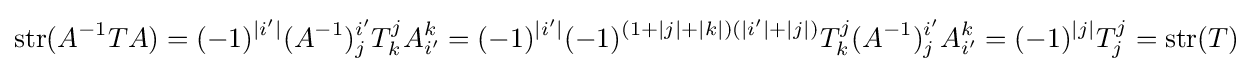
\operatorname {str} (A^{-1}TA)=(-1)^{|i'|}(A^{-1})_{j}^{i'}T_{k}^{j}A_{i'}^{k}=(-1)^{|i'|}(-1)^{(1+|j|+|k|)(|i'|+|j|)}T_{k}^{j}(A^{-1})_{j}^{i'}A_{i'}^{k}=(-1)^{|j|}T_{j}^{j}=\operatorname {str} (T)